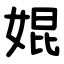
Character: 婫